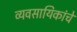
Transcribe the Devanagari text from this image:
व्यवसायिकांचे